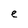
Character: e